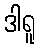
ဒါရူ